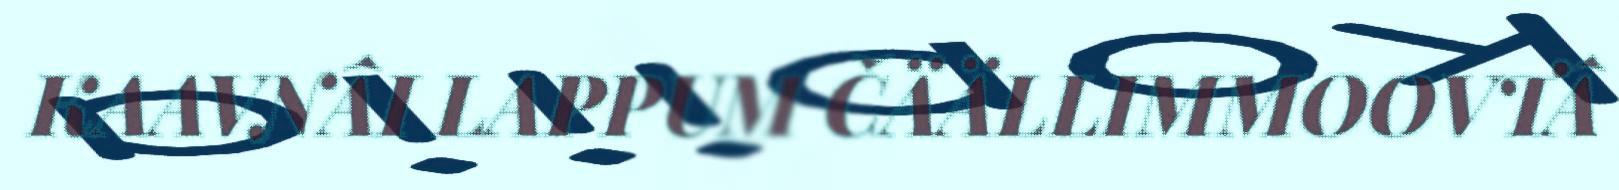
KAAVNÂI LAPPUM ČÄÄLLIMMOOVTÂ